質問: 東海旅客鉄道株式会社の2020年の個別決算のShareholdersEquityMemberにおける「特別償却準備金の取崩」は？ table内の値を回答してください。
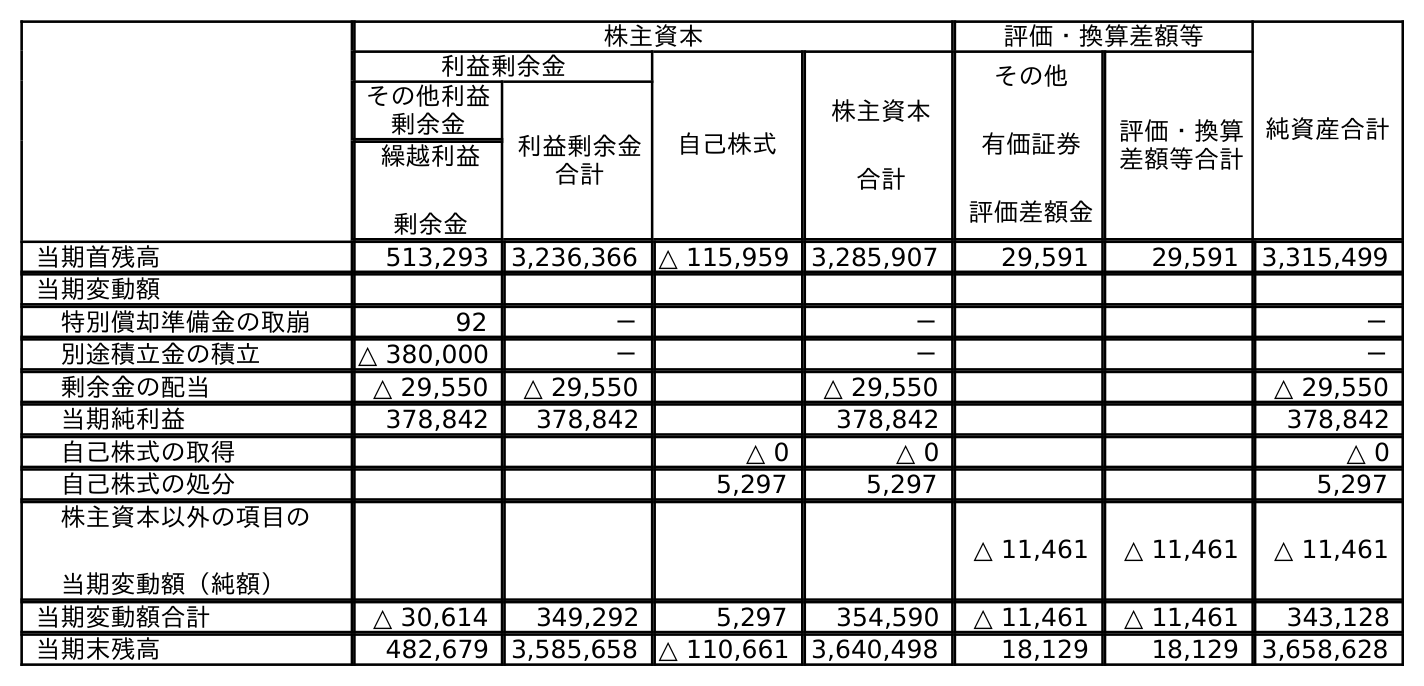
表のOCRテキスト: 株主資本 評価・換算差額等 純資産合計 利益剰余金 自己株式 株主資本 合計 その他 有価証券 評価差額金 評価・換算 差額等合計 その他利益 剰余金 利益剰余金 合計 繰越利益 剰余金 当期首残高 513,293 3,236,366 △ 115,959 3,285,907 29,591 29,591 3,315,499 当期変動額 特別償却準備金の取崩 92 － － － 別途積立金の積立 △ 380,000 － － － 剰余金の配当 △ 29,550 △ 29,550 △ 29,550 △ 29,550 当期純利益 378,842 378,842 378,842 378,842 自己株式の取得 △ 0 △ 0 △ 0 自己株式の処分 5,297 5,297 5,297 株主資本以外の項目の 当期変動額（純額） △ 11,461 △ 11,461 △ 11,461 当期変動額合計 △ 30,614 349,292 5,297 354,590 △ 11,461 △ 11,461 343,128 当期末残高 482,679 3,585,658 △ 110,661 3,640,498 18,129 18,129 3,658,628
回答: －